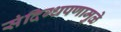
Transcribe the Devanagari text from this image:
संदिग्धपणामुळे